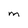
Character: M